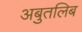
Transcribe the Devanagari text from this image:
अबुतलिब